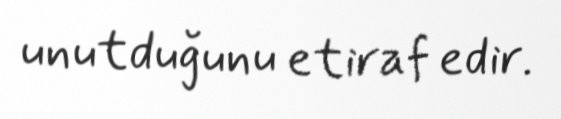
unutduğunu etiraf edir.